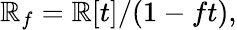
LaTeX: \mathbb{R}_{f}=\mathbb{R}[t]/(1-ft),